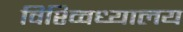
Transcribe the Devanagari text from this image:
विश्व्विध्यालय